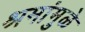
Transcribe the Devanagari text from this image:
श्रमांमुळे